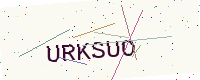
Text: URKSUO